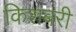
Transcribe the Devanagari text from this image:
किशबरी